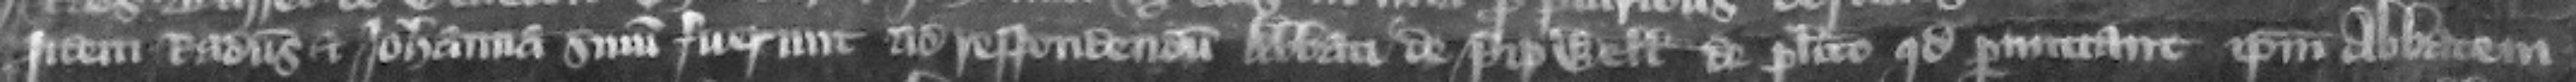
Iidem Radulfus et Iohanna sumoniti fuerunt ad respondendum abbati de Pipwell de placito quod permittant ipsum abbatem